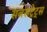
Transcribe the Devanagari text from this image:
सबसट्रेट्स